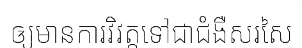
ឲ្យមានការវិវត្តទៅជាជំងឺសរសៃ